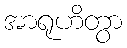
အာရုဟိတွာ